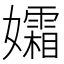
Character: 孀